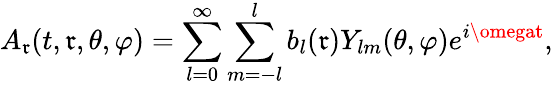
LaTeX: A_{\mathfrak{r}}(t,\mathfrak{r},\theta,\varphi)=\sum_{l=0}^{\infty}\sum_{m=-l}^{l}b_{l}(\mathfrak{r})Y_{lm}(\theta,\varphi)e^{i\omegat},